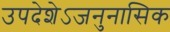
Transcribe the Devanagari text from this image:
उपदेशेऽजनुनासिक